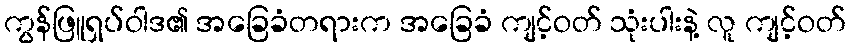
ကွန်ဖြူရှပ်ဝါဒ၏ အခြေခံတရားက အခြေခံ ကျင့်ဝတ် သုံးပါးနဲ့ လူ ကျင့်ဝတ်